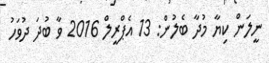
ނީލަން ކިޔާ މުދާ ބެލުން: 13 އެޕްރީލް 2016 ވާ ބުދަ ދުވަހު